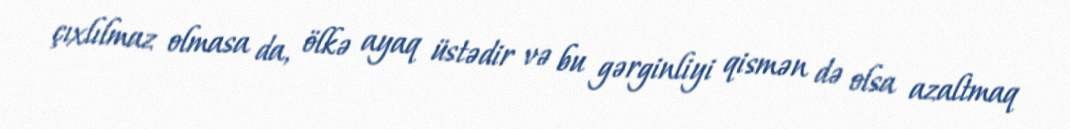
çıxlılmaz olmasa da, ölkə ayaq üstədir və bu gərginliyi qismən də olsa azaltmaq